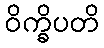
ဝိက္ခိပတိ